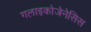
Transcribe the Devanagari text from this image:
गलाइकोजेनेसिस